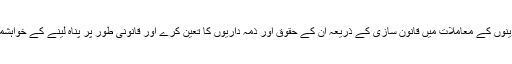
مسٹر تھرور نے کہا کہ یہ مناسب وقت ہے جب ہندوستان پناہ گزینوں کے معاملات میں قانون سازی کے ذریعہ ان کے حقوق اور ذمہ داریوں کا تعین کرے اور قانونی طور پر پناہ لینے کے خواہشمند افراد کے سلسلے میں ایک قانونی میکنزم طے کیا جانا چاہئے۔